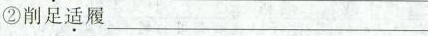
②削足\underset{·}{适}履___